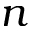
n